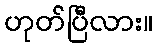
ဟုတ်ပြီလား။